Vaccination in Bombay 1856-1862 - 1856-1862
Year: 1856
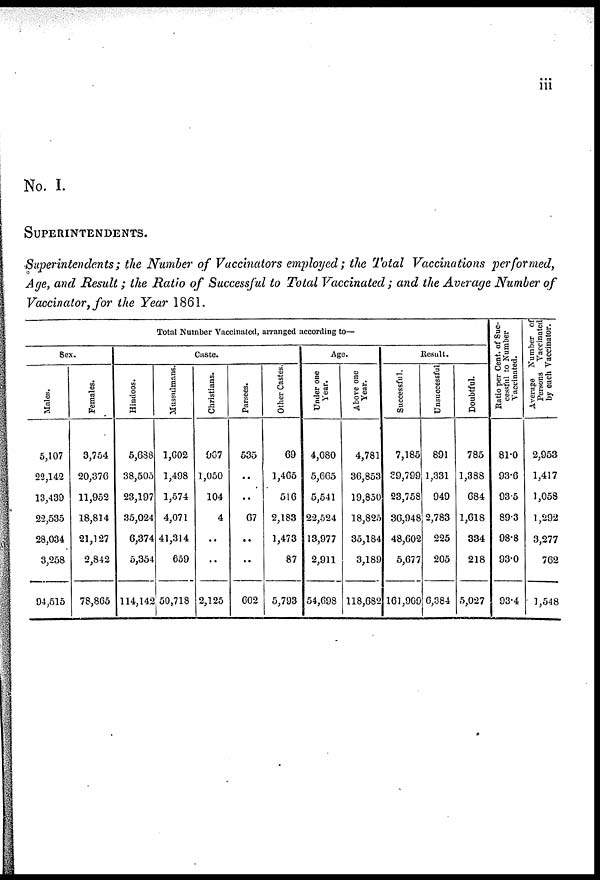
iii
No. I.
SUPERINTENDENTS.
Superintendents; the Number of Vaccinators employed; the Total Vaccinations performed,
Age, and Result; the Ratio of Successful to Total Vaccinated; and the Average Number of
Vaccinator, for the Year 1861.
Total Number Vaccinated, arranged according to—
Sex.
Males.
5,107
22,142
13,439
22,535
28,034
3,258
94,515
Females.
3,754
20,376
11,952
18,814
21,127
2,842
78,805
Caste.
Hindoos.
5,688
38,505
23,197
35,024
6,374
5,354
114,142
Mussulmans.
1,602
1,498
1,574
4,071
41,314
659
50,718
Christians.
967
1,050
104
4
..
..
2,125
Parsees.
535
..
..
67
..
..
602
Other Castes.
69
1,465
516
2,183
1,473
87
5,793
Age.
Under one
Year.
4,080
5,665
5,541
22,524
13,977
2,911
54,698
Above one
Year.
4,781
36,853
19,850
18,825
35,184
3,189
118,682
Result.
Successful.
7,185
29,799
23,758
36,948
48,602
5,677
161,969
Unsuccessful
891
1,331
949
2,783
225
205
6,384
Doubtful.
785
1,388
684
1,618
334
218
5,027
Ratio per Cent. of Suc-
cessful to Number
Vaccinated.
81.0
93.6
93.5
893
98.8
93.0
93.4
Average Number of
Persons Vaccinated
by each Vaccinator.
2,953
1,417
1,058
1,292
3,277
762
1,548